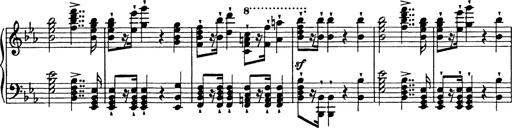
Title: Festmarsch zur SÃ¤cularfeier von Goethes Geburtstag
Composer: Franz Liszt